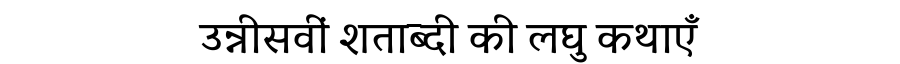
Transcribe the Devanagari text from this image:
उन्नीसवीं शताब्दी की लघु कथाएँ